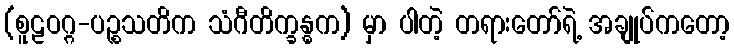
(စူဠဝဂ္ဂ-ပဉ္စသတိက သံဂီတိက္ခန္ဓက) မှာ ပါတဲ့ တရားတော်ရဲ့ အချုပ်ကတော့